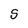
Character: S